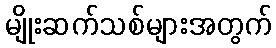
မျိုးဆက်သစ်များအတွက်